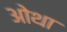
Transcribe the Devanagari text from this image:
ओथा